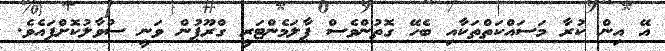
އޭ އިން ކުރާ މަސައްކަތްތަކާއި ބެހޭ ގޮތުންވެސް ޕާލަމެންޓަރީ ގްރޫޕުން ވަނީ ސުވާލުކޮށްފައެވެ.